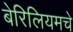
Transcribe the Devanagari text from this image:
बेरिलियमचे